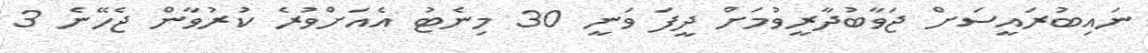
ނައިބުރައީސަށް ޖަވާބުދާރީވުމަށް ދީފަ ވަނީ 30 މިނެޓު އެއަށްވުރެ ކުރުވާން ޖެހޭނެ 3